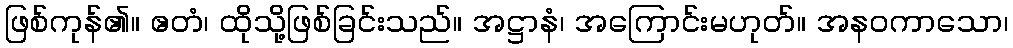
ဖြစ်ကုန်၏။ ဧတံ၊ ထိုသို့ဖြစ်ခြင်းသည်။ အဋ္ဌာနံ၊ အကြောင်းမဟုတ်။ အနဝကာသော၊